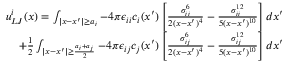
\begin{array} { r } { u _ { L J } ^ { i } ( x ) = \int _ { \lvert x - x ^ { \prime } \rvert \ge a _ { i } } - 4 \pi \epsilon _ { i i } c _ { i } ( x ^ { \prime } ) \left[ \frac { \sigma _ { i i } ^ { 6 } } { 2 ( x - x ^ { \prime } ) ^ { 4 } } - \frac { \sigma _ { i i } ^ { 1 2 } } { 5 ( x - x ^ { \prime } ) ^ { 1 0 } } \right] d x ^ { \prime } } \\ { + \frac { 1 } { 2 } \int _ { | x - x ^ { \prime } | \geq \frac { a _ { i } + a _ { j } } { 2 } } - 4 \pi \epsilon _ { i j } c _ { j } ( x ^ { \prime } ) \left[ \frac { \sigma _ { i j } ^ { 6 } } { 2 ( x - x ^ { \prime } ) ^ { 4 } } - \frac { \sigma _ { i j } ^ { 1 2 } } { 5 ( x - x ^ { \prime } ) ^ { 1 0 } } \right] d x ^ { \prime } } \end{array}